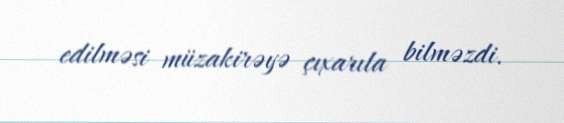
edilməsi müzakirəyə çıxarıla bilməzdi.